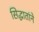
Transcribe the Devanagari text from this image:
सिद्धातांने